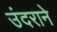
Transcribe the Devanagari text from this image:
उंदराने